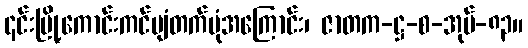
၎င်းမြို့ကောင်းကင်ပျံတက်ပုံအကြောင်း၊ ဇာတက-ဋ္ဌ-စ-အုပ်-၈၃။